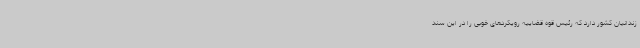
زندانیان کشور دارد که رئیس قوه قضاییه رویکردهای خوبی را در این سند